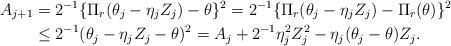
LaTeX: \begin{align*} A_{j + 1} & = 2^{-1}\{\Pi_r(\theta_j - \eta_jZ_j) - \theta\}^2 = 2^{-1}\{\Pi_r(\theta_j - \eta_jZ_j) - \Pi_r(\theta)\}^2 \\ & \leq 2^{-1}(\theta_j - \eta_jZ_j - \theta)^2 = A_j + 2^{-1}\eta_j^2 Z_j^2 - \eta_j (\theta_j - \theta)Z_j. \end{align*}